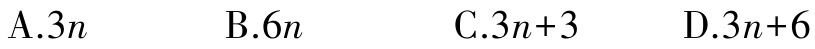
A.$3n$  B.$6n$  C.$3n + 3$  D.$3n + 6$